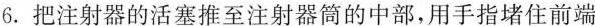
6.把注射器的活塞推至注射器筒的中部，用手指堵住前端